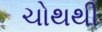
ચોથથી